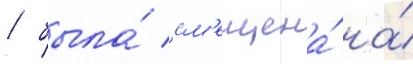
/ была́ см'ещена́ на́